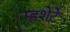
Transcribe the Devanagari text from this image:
म्हशेटे